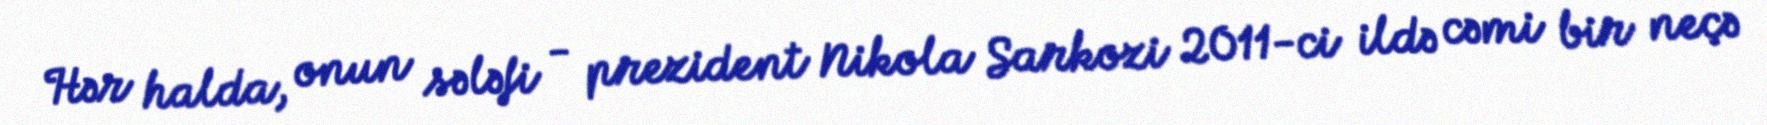
Hər halda, onun sələfi - prezident Nikola Sarkozi 2011-ci ildə cəmi bir neçə